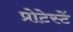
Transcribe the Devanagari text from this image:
प्रोटेस्टें